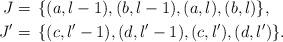
LaTeX: \begin{align*}J&=\,\{(a,l-1),(b,l-1),(a,l),(b,l)\}, \\J'&=\,\{(c,l'-1),(d,l'-1),(c,l'),(d,l')\}. \end{align*}